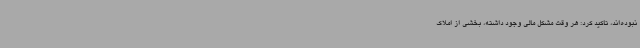
نبوده‌اند، تاکید کرد: هر وقت مشکل مالی وجود داشته، بخشی از املاک